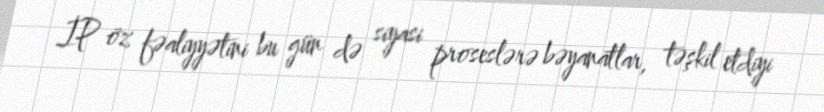
İP öz fəaliyyətini bu gün də siyasi proseslərə bəyanatlar, təşkil etdiyi